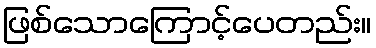
ဖြစ်သောကြောင့်ပေတည်း။